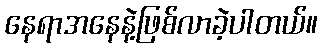
နေရာအနေနဲ့ဖြစ်လာခဲ့ပါတယ်။